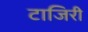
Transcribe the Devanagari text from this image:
टाजिरी